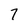
Character: 7